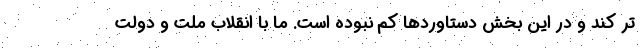
تر کند و در این بخش دستاوردها کم نبوده است. ما با انقلاب ملت و دولت